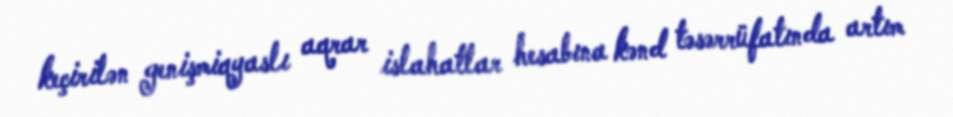
keçirilən genişmiqyaslı aqrar islahatlar hesabına kənd təsərrüfatında artım